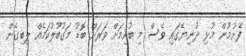
ފެށުމުން މުޅި ދުނިޔޭގައި ވެސް މި ބުއިމަށް ވަރަށް ބޮޑު މަގުބޫލުކަމެއް ލިބިގެން